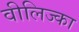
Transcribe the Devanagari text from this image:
वीलिज्का